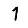
Digit: 1